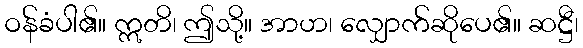
ဝန်ခံပါ၏။ ဣတိ၊ ဤသို့။ အာဟ၊ လျှောက်ဆိုပေ၏။ ဆဋ္ဌီ၊